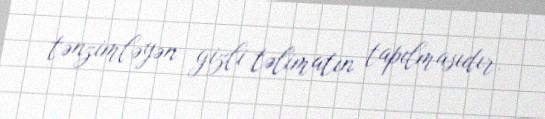
tənzimləyən gizli təlimatın tapılmasıdır.